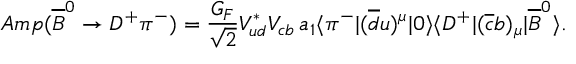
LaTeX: A m p ( \overline { { B } } ^ { 0 } \to D ^ { + } \pi ^ { - } ) = { \frac { G _ { F } } { \sqrt 2 } } V _ { u d } ^ { * } V _ { c b } \, a _ { 1 } \langle \pi ^ { - } | ( \overline { { d } } u ) ^ { \mu } | 0 \rangle \langle D ^ { + } | ( \overline { { c } } b ) _ { \mu } | \overline { { B } } ^ { 0 } \rangle .